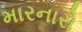
મારનારો